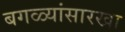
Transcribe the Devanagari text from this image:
बगळ्यांसारखा